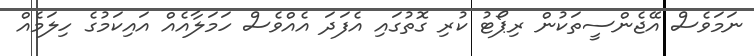
ނަމަވެސް އޭޖެންސީތަކުން ރިޕޯޓު ކުރި ގޮތުގައި އެފަދަ އެއްވެސް ހަމަލާއެއް އައިކަމުގެ ހިލަމެއް